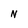
Character: N